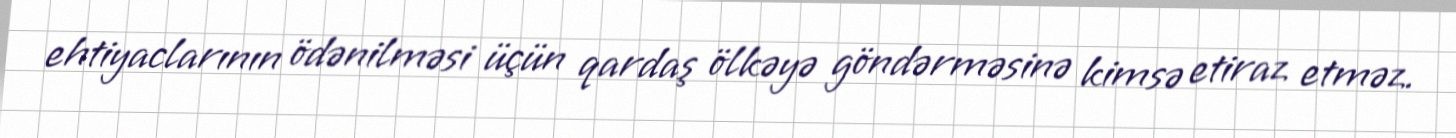
ehtiyaclarının ödənilməsi üçün qardaş ölkəyə göndərməsinə kimsə etiraz etməz.